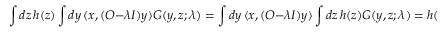
\int d z \, h ( z ) \int d y \, \langle x , ( O - \lambda I ) y \rangle G ( y , z ; \lambda ) = \int d y \, \langle x , ( O - \lambda I ) y \rangle \int d z \, h ( z ) G ( y , z ; \lambda ) = h ( x ) ,